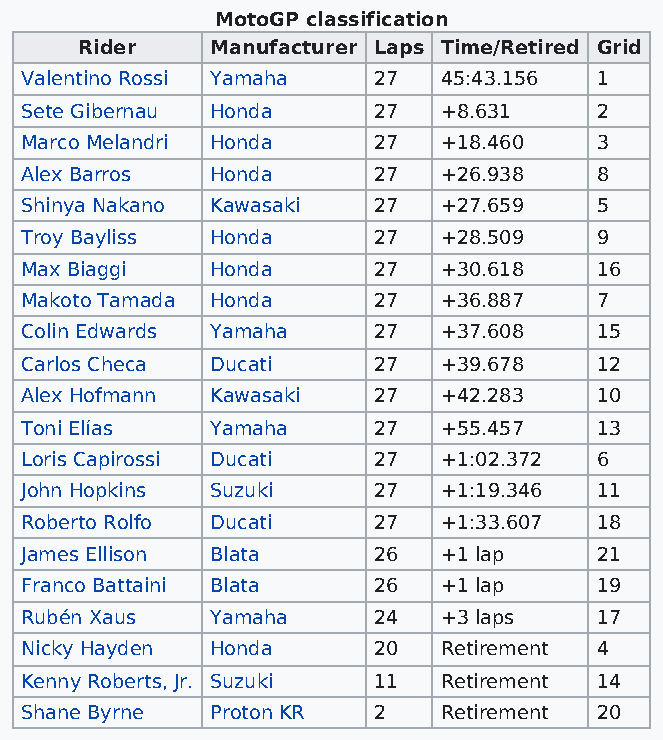
MotoGP classification
 Rider    Manufacturer Laps Time/Retired Grid
 Valentino Rossi Yamaha  27  45:43.156 1
 Sete Gibernau Honda     27  +8.631    2
 Marco Melandri Honda    27  +18.460   3
 Alex Barros  Honda      27  +26.938   8
 Shinya Nakano Kawasaki  27  +27.659   5
 Troy Bayliss Honda      27  +28.509   9
 Max Biaggi   Honda      27  +30.618   16
 Makoto Tamada Honda     27  +36.887   7
 Colin Edwards Yamaha    27  +37.608   15
 Carlos Checa Ducati     27  +39.678   12
 Alex Hofmann Kawasaki   27  +42.283   10
 Toni Elías   Yamaha     27  +55.457   13
 Loris Capirossi Ducati  27  +1:02.372 6
 John Hopkins Suzuki     27  +1:19.346 11
 Roberto Rolfo Ducati    27  +1:33.607 18
 James Ellison Blata     26  +1 lap    21
 Franco Battaini Blata   26  +1 lap    19
 Rubén Xaus   Yamaha     24  +3 laps   17
 Nicky Hayden Honda      20  Retirement 4
 Kenny Roberts, Jr. Suzuki 11 Retirement 14
 Shane Byrne  Proton KR  2   Retirement 20